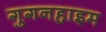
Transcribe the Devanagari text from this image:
गुगनहाइम